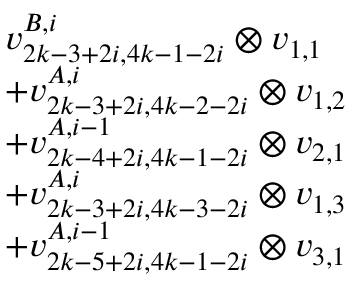
\begin{array} { r l } & { v _ { 2 k - 3 + 2 i , 4 k - 1 - 2 i } ^ { B , i } \otimes v _ { 1 , 1 } } \\ & { + v _ { 2 k - 3 + 2 i , 4 k - 2 - 2 i } ^ { A , i } \otimes v _ { 1 , 2 } } \\ & { + v _ { 2 k - 4 + 2 i , 4 k - 1 - 2 i } ^ { A , i - 1 } \otimes v _ { 2 , 1 } } \\ & { + v _ { 2 k - 3 + 2 i , 4 k - 3 - 2 i } ^ { A , i } \otimes v _ { 1 , 3 } } \\ & { + v _ { 2 k - 5 + 2 i , 4 k - 1 - 2 i } ^ { A , i - 1 } \otimes v _ { 3 , 1 } } \end{array}